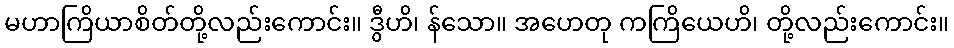
မဟာကြိယာစိတ်တို့လည်းကောင်း။ ဒွီဟိ၊ န်သော။ အဟေတု ကကြိယေဟိ၊ တို့လည်းကောင်း။